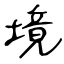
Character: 境